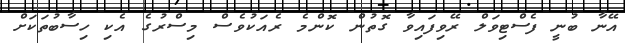
އޭނާ ބުނީ ފެސްޓިވަލް ރޭވިފައިވާ ގޮތުން ކޮންމެ ރެއަކުވެސް މިސްރުގެ އެކި ހިސާބުތަކަށް